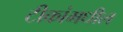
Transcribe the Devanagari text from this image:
टीकांमधील